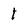
Character: 1